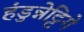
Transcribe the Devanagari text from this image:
हंडुन्नेट्टिगे